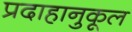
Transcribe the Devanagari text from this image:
प्रदाहानुकूल